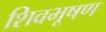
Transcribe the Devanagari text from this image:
शिवभूषण